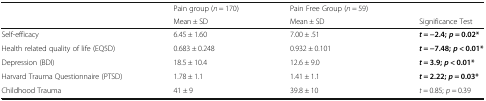
|  | Pain group (n = 170) | Pain Free Group (n = 59) |  |
 |  | Mean ± SD | Mean ± SD | Significance Test |
 | --- | --- | --- | --- |
 | Self-efficacy | 6.45 ± 1.60 | 7.00 ± .51 | t = −2.4;p = 0.02* |
 | Health related quality of life (EQ5D) | 0.683 ± 0.248 | 0.932 ± 0.101 | t = −7.48;p < 0.01* |
 | Depression (BDI) | 18.5 ± 10.4 | 12.6 ± 9.0 | t = 3.9;p < 0.01* |
 | Harvard Trauma Questionnaire (PTSD) | 1.78 ± 1.1 | 1.41 ± 1.1 | t = 2.22;p = 0.03* |
 | Childhood Trauma | 41 ± 9 | 39.8 ± 10 | t = 0.85; p = 0.39 |